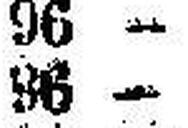
96 —